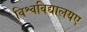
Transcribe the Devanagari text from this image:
विश्वविद्यालयए